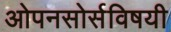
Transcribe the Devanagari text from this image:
ओपनसोर्सविषयी